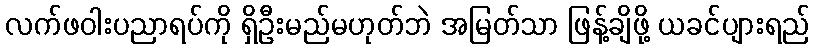
လက်ဖဝါးပညာရပ်ကို ရှိဦးမည်မဟုတ်ဘဲ အမြတ်သာ ဖြန့်ချိဖို့ ယခင်ပျားရည်